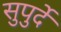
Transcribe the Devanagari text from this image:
सुपुर्दे